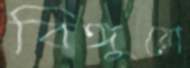
বিঙ্গুয়ো